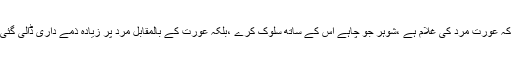
(البقرہ)البتہ اس فضیلت کا مطلب ہرگزیہ نہیں کہ عورت مرد کی غلام ہے ،شوہر جو چاہے اس کے ساتھ سلوک کرے ،بلکہ عورت کے بالمقابل مرد پر زیادہ ذمے داری ڈالی گئی ہے کہ وہ عورت کے حقوق کا لحاظ رکھے ۔